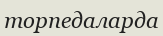
торпедаларда